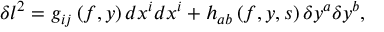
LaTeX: \delta l ^ { 2 } = g _ { i j } \left( f , y \right) d x ^ { i } d x ^ { i } + h _ { a b } \left( f , y , s \right) \delta y ^ { a } \delta y ^ { b } ,